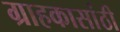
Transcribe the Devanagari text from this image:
ग्राहकासांठी